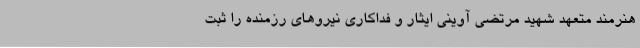
هنرمند متعهد شهید مرتضی آوینی ایثار و فداکاری نیروهای رزمنده را ثبت